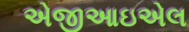
એજીઆઇએલ